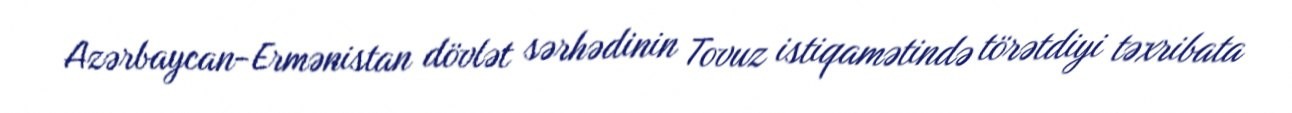
Azərbaycan-Ermənistan dövlət sərhədinin Tovuz istiqamətində törətdiyi təxribata